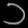
Digit: ၁